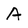
Character: A